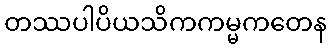
တဿပါပိယသိကကမ္မကတေန